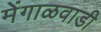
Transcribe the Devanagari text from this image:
मेंगाळवाडी